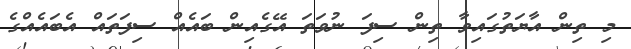
މި ތިން އާޔަތުގައިވާ ތިން ސިފަ ނުވަތަ އޭގެއިން ބައެއް ސިފަތައް އެބައެއްގެ